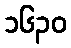
၁၆၃၀